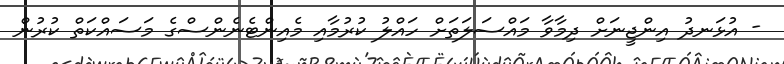
- އުޅަނދު އިންޖީނަށް ދިމާވާ މައްސަލަތަށް ހައްލު ކުރުމާއި މެއިންޓެނެންސްގެ މަސައްކަތް ކުރުން